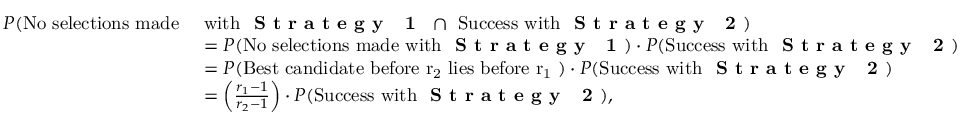
\begin{array} { r l } { P ( \mathrm { N o ~ s e l e c t i o n s ~ m a d e ~ } } & { \mathrm { w i t h ~ \textbf { S t r a t e g y ~ 1 } ~ } \cap \mathrm { ~ S u c c e s s ~ w i t h ~ \textbf { S t r a t e g y ~ 2 } } ) } \\ & { = P ( \mathrm { N o ~ s e l e c t i o n s ~ m a d e ~ w i t h ~ \textbf { S t r a t e g y ~ 1 } } ) \cdot P ( \mathrm { S u c c e s s ~ w i t h ~ \textbf { S t r a t e g y ~ 2 } } ) } \\ & { = P ( \mathrm { B e s t ~ c a n d i d a t e ~ b e f o r e ~ r _ 2 ~ l i e s ~ b e f o r e ~ r _ 1 ~ } ) \cdot P ( \mathrm { S u c c e s s ~ w i t h ~ \textbf { S t r a t e g y ~ 2 } } ) } \\ & { = \left( \frac { r _ { 1 } - 1 } { r _ { 2 } - 1 } \right) \cdot P ( \mathrm { S u c c e s s ~ w i t h ~ \textbf { S t r a t e g y ~ 2 } } ) , } \end{array}